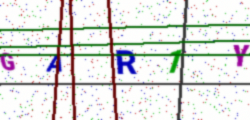
Text: GAR1Y